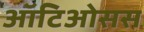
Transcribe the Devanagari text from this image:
ऑटिओसस